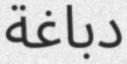
دباغة